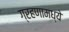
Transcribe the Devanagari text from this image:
ग्रहणामध्ये